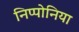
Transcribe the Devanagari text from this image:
निप्पोनिया